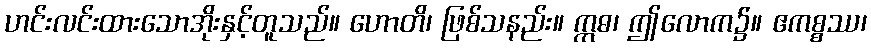
ဟင်းလင်းထားသောအိုးနှင့်တူသည်။ ဟောတိ၊ ဖြစ်သနည်း။ ဣဓ၊ ဤလောက၌။ ဧကစ္စဿ၊